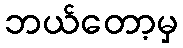
ဘယ်တော့မှ